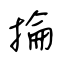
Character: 掄